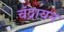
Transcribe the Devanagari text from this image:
चंद्रायन